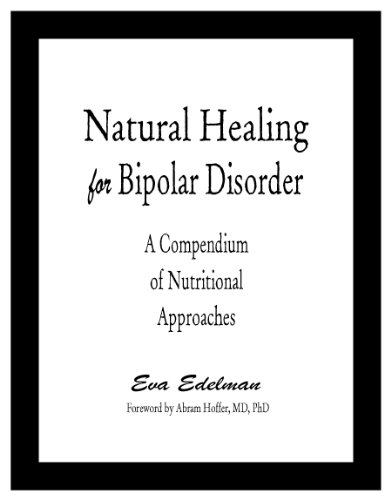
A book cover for Natural Healing for Bipolar Disorder: A Compendium of Nutritional Approaches; Eva Edelman; Health, Fitness & Dieting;